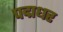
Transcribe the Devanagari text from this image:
पद्मधर